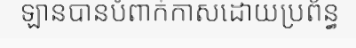
ឡានបានបំពាក់កាសដោយប្រព័ន្ធ